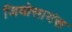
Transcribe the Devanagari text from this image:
जियोसायंस